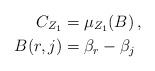
LaTeX: \begin{align*}C_{Z_1}& = \mu_{Z_1}(B)\,,\\B(r,j)& = \beta_r - \beta_j\end{align*}